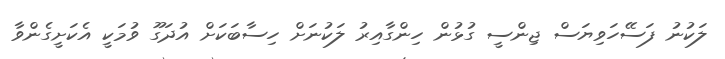
ލަކުނު ފަސޭހަވިޔަސް ޖިންސީ ގުޅުން ހިންގާއިރު ލަކުނަށް ހިސާބަކަށް އުދަގޫ ވުމަކީ އެކަށީގެންވާ